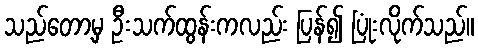
သည်တော့မှ ဦးသက်ထွန်းကလည်း ပြန်၍ ပြုံးလိုက်သည်။